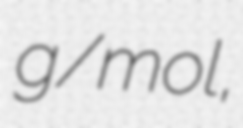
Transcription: g/mol,